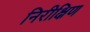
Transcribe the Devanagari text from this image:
निरीक्षिण